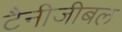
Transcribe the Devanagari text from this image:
टैनीजीबल